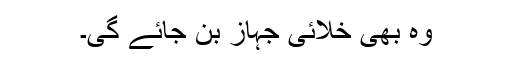
وہ بھی خلائی جہاز بن جائے گی۔